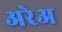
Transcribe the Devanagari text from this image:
अरेअ